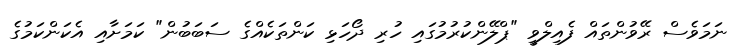
ނަމަވެސް ރޭވުންތައް ފެއިލްވީ "ޕްލޭންކުރުމުގައި ހުރި ދޯހަޅި ކަންތަކެއްގެ ސަބަބުން" ކަމަށާއި އެކަންކަމުގެ